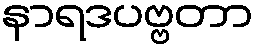
နာရဒပဗ္ဗတာ